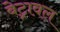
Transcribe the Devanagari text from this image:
बेट्रावल